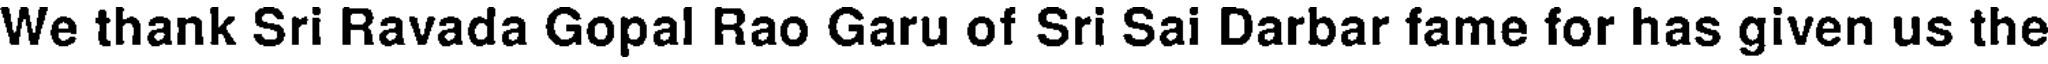
We thank Sri Ravada Gopal Rao Garu of Sri Sai Darbar fame for has given us the